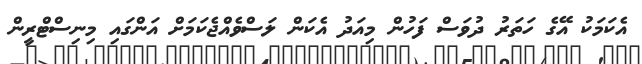
އެކަމަކު އޭގެ ހަތަރު ދުވަސް ފަހުން މިއަދު އެކަން ލަސްވެއްޖެކަމަށް އަންގައި މިނިސްޓްރީން